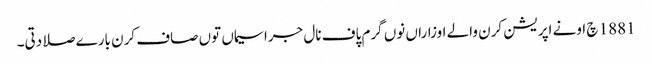
1881 چ اونے اپریشن کرن والے اوزاراں نوں گرم پاف نال جراسیماں توں صاف کرن بارے صلا دتی۔